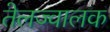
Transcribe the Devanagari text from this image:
तेलज्वालक